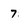
Character: 7